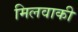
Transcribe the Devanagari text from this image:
मिलवाकी